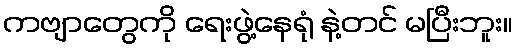
ကဗျာတွေကို ရေးဖွဲ့နေရုံ နဲ့တင် မပြီးဘူး။